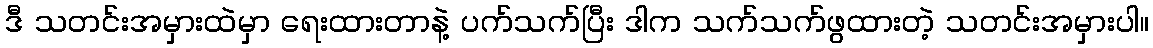
ဒီ သတင်းအမှားထဲမှာ ရေးထားတာနဲ့ ပက်သက်ပြီး ဒါက သက်သက်ဖွထားတဲ့ သတင်းအမှားပါ။